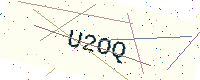
Text: U2OQ